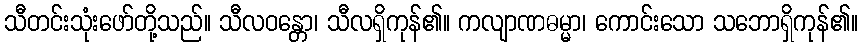
သီတင်းသုံးဖော်တို့သည်။ သီလဝန္တော၊ သီလရှိကုန်၏။ ကလျာဏဓမ္မာ၊ ကောင်းသော သဘောရှိကုန်၏။